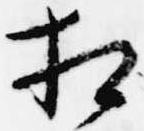
相